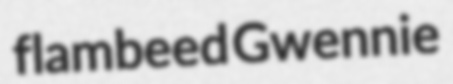
flambeed Gwennie